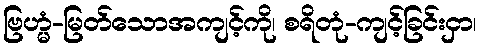
ဗြဟ္မံ-မြတ်သောအကျင့်ကို၊ စရိတုံ-ကျင့်ခြင်းငှာ၊